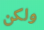
ولكن